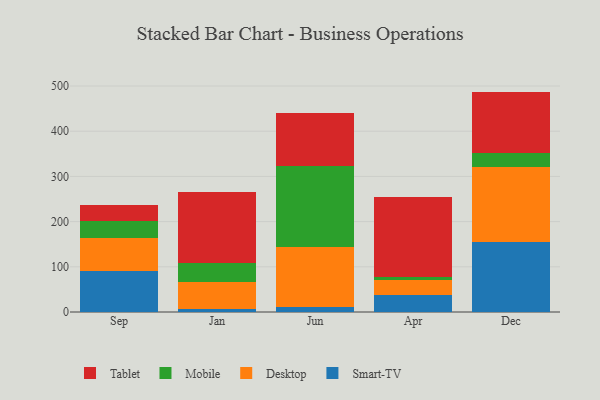
{"axis": {"x": "Month", "y": "Gross Profit (USD K)"}, "legend": ["Desktop", "Mobile", "Smart-TV", "Tablet"], "data": [{"x": "Sep", "y": 90.9, "type": "Smart-TV"}, {"x": "Sep", "y": 72.1, "type": "Desktop"}, {"x": "Sep", "y": 39.4, "type": "Mobile"}, {"x": "Sep", "y": 34.9, "type": "Tablet"}, {"x": "Jan", "y": 6.3, "type": "Smart-TV"}, {"x": "Jan", "y": 59.8, "type": "Desktop"}, {"x": "Jan", "y": 43.0, "type": "Mobile"}, {"x": "Jan", "y": 156.9, "type": "Tablet"}, {"x": "Jun", "y": 10.0, "type": "Smart-TV"}, {"x": "Jun", "y": 134.4, "type": "Desktop"}, {"x": "Jun", "y": 177.9, "type": "Mobile"}, {"x": "Jun", "y": 118.5, "type": "Tablet"}, {"x": "Apr", "y": 36.9, "type": "Smart-TV"}, {"x": "Apr", "y": 32.9, "type": "Desktop"}, {"x": "Apr", "y": 8.5, "type": "Mobile"}, {"x": "Apr", "y": 175.3, "type": "Tablet"}, {"x": "Dec", "y": 153.9, "type": "Smart-TV"}, {"x": "Dec", "y": 166.7, "type": "Desktop"}, {"x": "Dec", "y": 31.1, "type": "Mobile"}, {"x": "Dec", "y": 136.0, "type": "Tablet"}]}